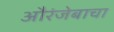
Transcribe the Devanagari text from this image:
औरंजेबाचा